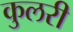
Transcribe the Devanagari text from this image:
कुलरी